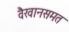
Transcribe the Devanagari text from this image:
वैखानसमत